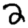
Digit: 2